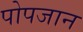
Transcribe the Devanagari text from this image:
पोपजान